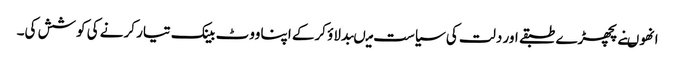
انھوںنے پچھڑے طبقے اور دلت کی سیاست میںبدلاؤ کرکے اپنا ووٹ بینک تیار کرنے کی کوشش کی۔